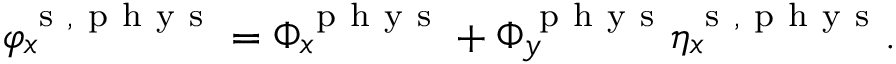
\varphi _ { x } ^ { \mathrm { ~ s ~ } , \mathrm { ~ p ~ h ~ y ~ s ~ } } = \Phi _ { x } ^ { \mathrm { ~ p ~ h ~ y ~ s ~ } } + \Phi _ { y } ^ { \mathrm { ~ p ~ h ~ y ~ s ~ } } \eta _ { x } ^ { \mathrm { ~ s ~ } , \mathrm { ~ p ~ h ~ y ~ s ~ } } .